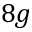
{ 8 g }